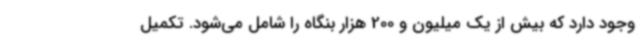
وجود دارد که بیش از یک میلیون و 200 هزار بنگاه را شامل می‌شود. تکمیل